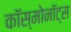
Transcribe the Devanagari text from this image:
काॅस्मोनाॅट्स